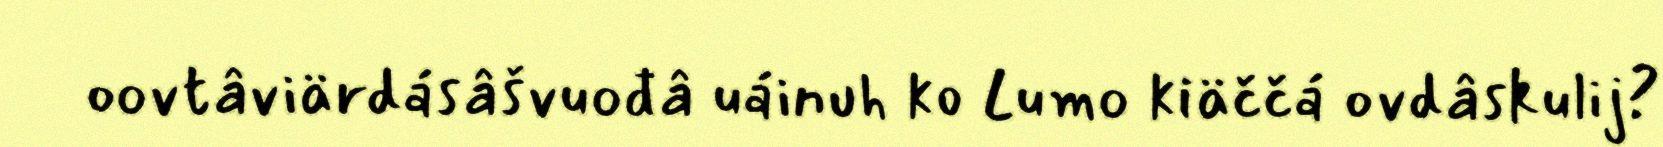
oovtâviärdásâšvuođâ uáinuh ko Lumo kiäččá ovdâskulij?